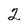
Character: 2